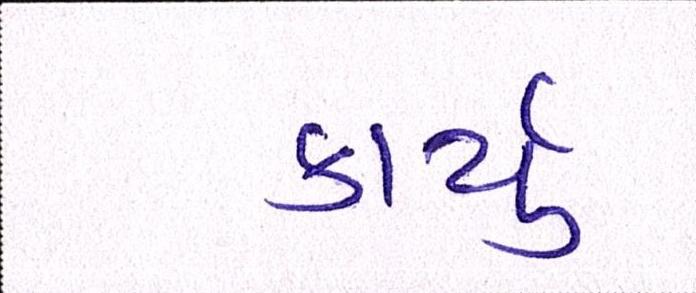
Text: કાર્યું